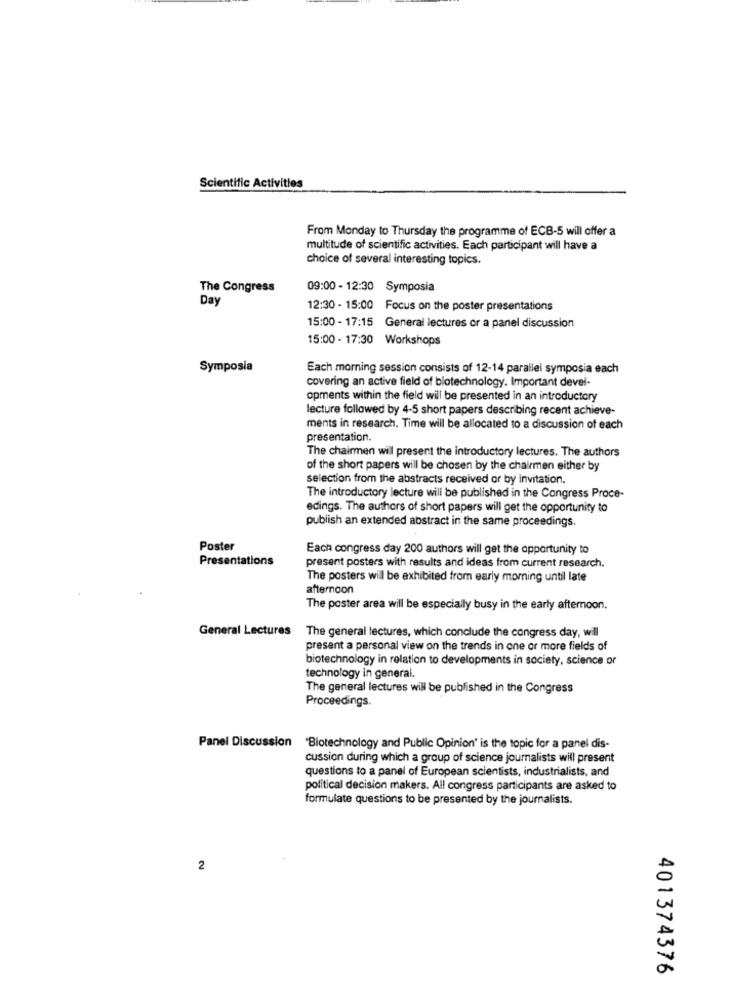
Scientific Activities
From Monday to Thursday the programme of ECB-5 will offer a
multitude of scientific activities. Each participant will have a
choice of several interesting topics.
The Congress
09:00 - 12:30 Symposia
Day
12:30 - 15:00 Focus on the poster presentations
15:00 - 17:15 General lectures or a panel discussion
15:00 - 17:30 Workshops
Symposia
Each morning session consists of 12-14 parallel symposia each
covering an active field of biotechnology. Important devel-
opments within the field will be presented in an introductory
lecture followed by 4-5 short papers describing recent achieve-
ments in research. Time will be allocated to a discussion of each
presentation.
The chairmen will present the introductory lectures. The authors
of the short papers will be chosen by the chairmen either by
selection from the abstracts received or by invitation.
The introductory lecture will be published in the Congress Proce-
edings. The authors of short papers will get the opportunity to
publish an extended abstract in the same proceedings.
Poster
Each congress day 200 authors will get the opportunity to
Presentations
present posters with results and ideas from current research.
The posters will be exhibited from early morning until late
afternoon
The poster area will be especially busy in the early afternoon.
General Lectures
The general lectures, which conclude the congress day, will
present a personal view on the trends in one or more fields of
biotechnology in relation to developments in society, science or
technology in general.
The general lectures will be published in the Congress
Proceedings.
Panel Discussion "Biotechnology and Public Opinion' is the topic for a panel dis-
cussion during which a group of science journalists will present
questions to a panel of European scientists, industrialists, and
political decision makers. All congress participants are asked to
formulate questions to be presented by the journalists.
2
401374376